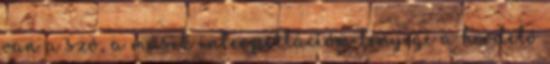
van a szó, a másik interpellációm lényege a hirdető